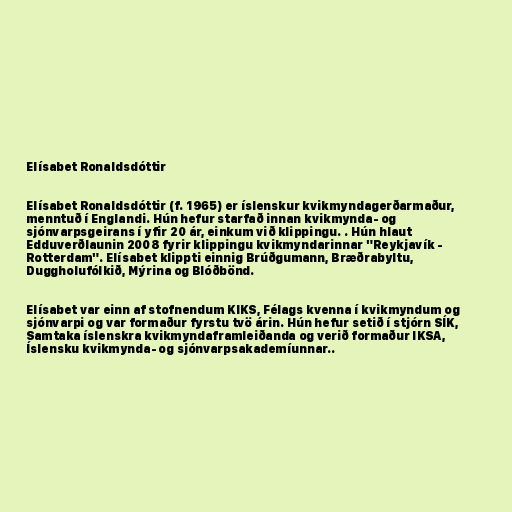
Elísabet Ronaldsdóttir

Elísabet Ronaldsdóttir (f. 1965) er íslenskur kvikmyndagerðarmaður,
menntuð í Englandi. Hún hefur starfað innan kvikmynda- og
sjónvarpsgeirans í yfir 20 ár, einkum við klippingu. . Hún hlaut
Edduverðlaunin 2008 fyrir klippingu kvikmyndarinnar "Reykjavík -
Rotterdam". Elísabet klippti einnig Brúðgumann, Bræðrabyltu,
Duggholufólkið, Mýrina og Blóðbönd.

Elísabet var einn af stofnendum KIKS, Félags kvenna í kvikmyndum og
sjónvarpi og var formaður fyrstu tvö árin. Hún hefur setið í stjórn SÍK,
Samtaka íslenskra kvikmyndaframleiðanda og verið formaður IKSA,
Íslensku kvikmynda- og sjónvarpsakademíunnar..